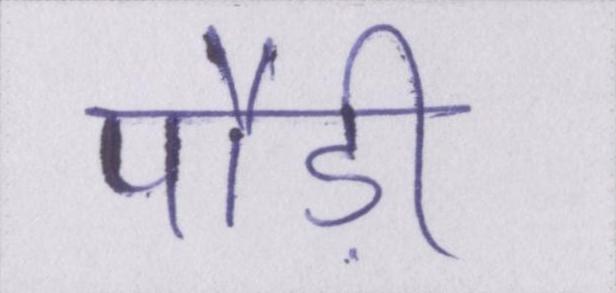
पौड़ी